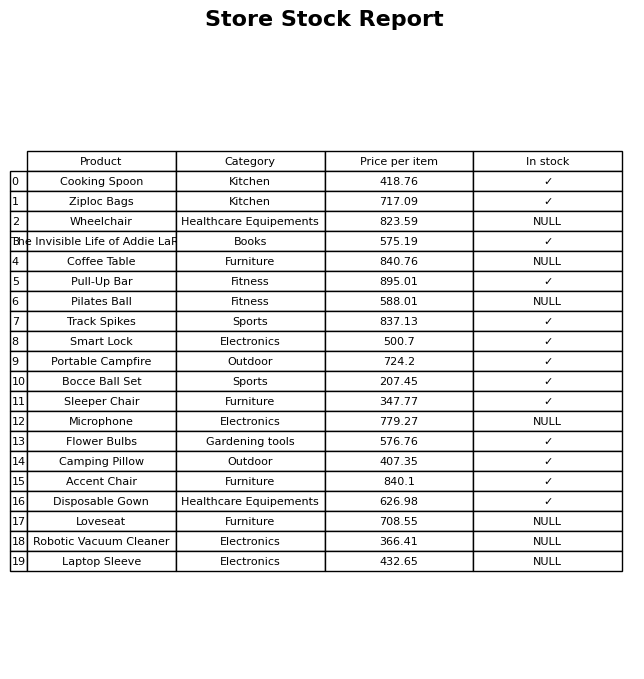
question: Which products are available in stock?
answer: Cooking Spoon, Ziploc Bags, The Invisible Life of Addie LaRue, Pull-Up Bar, Track Spikes, Smart Lock, Portable Campfire, Bocce Ball Set, Sleeper Chair, Flower Bulbs, Camping Pillow, Accent Chair, Disposable Gown